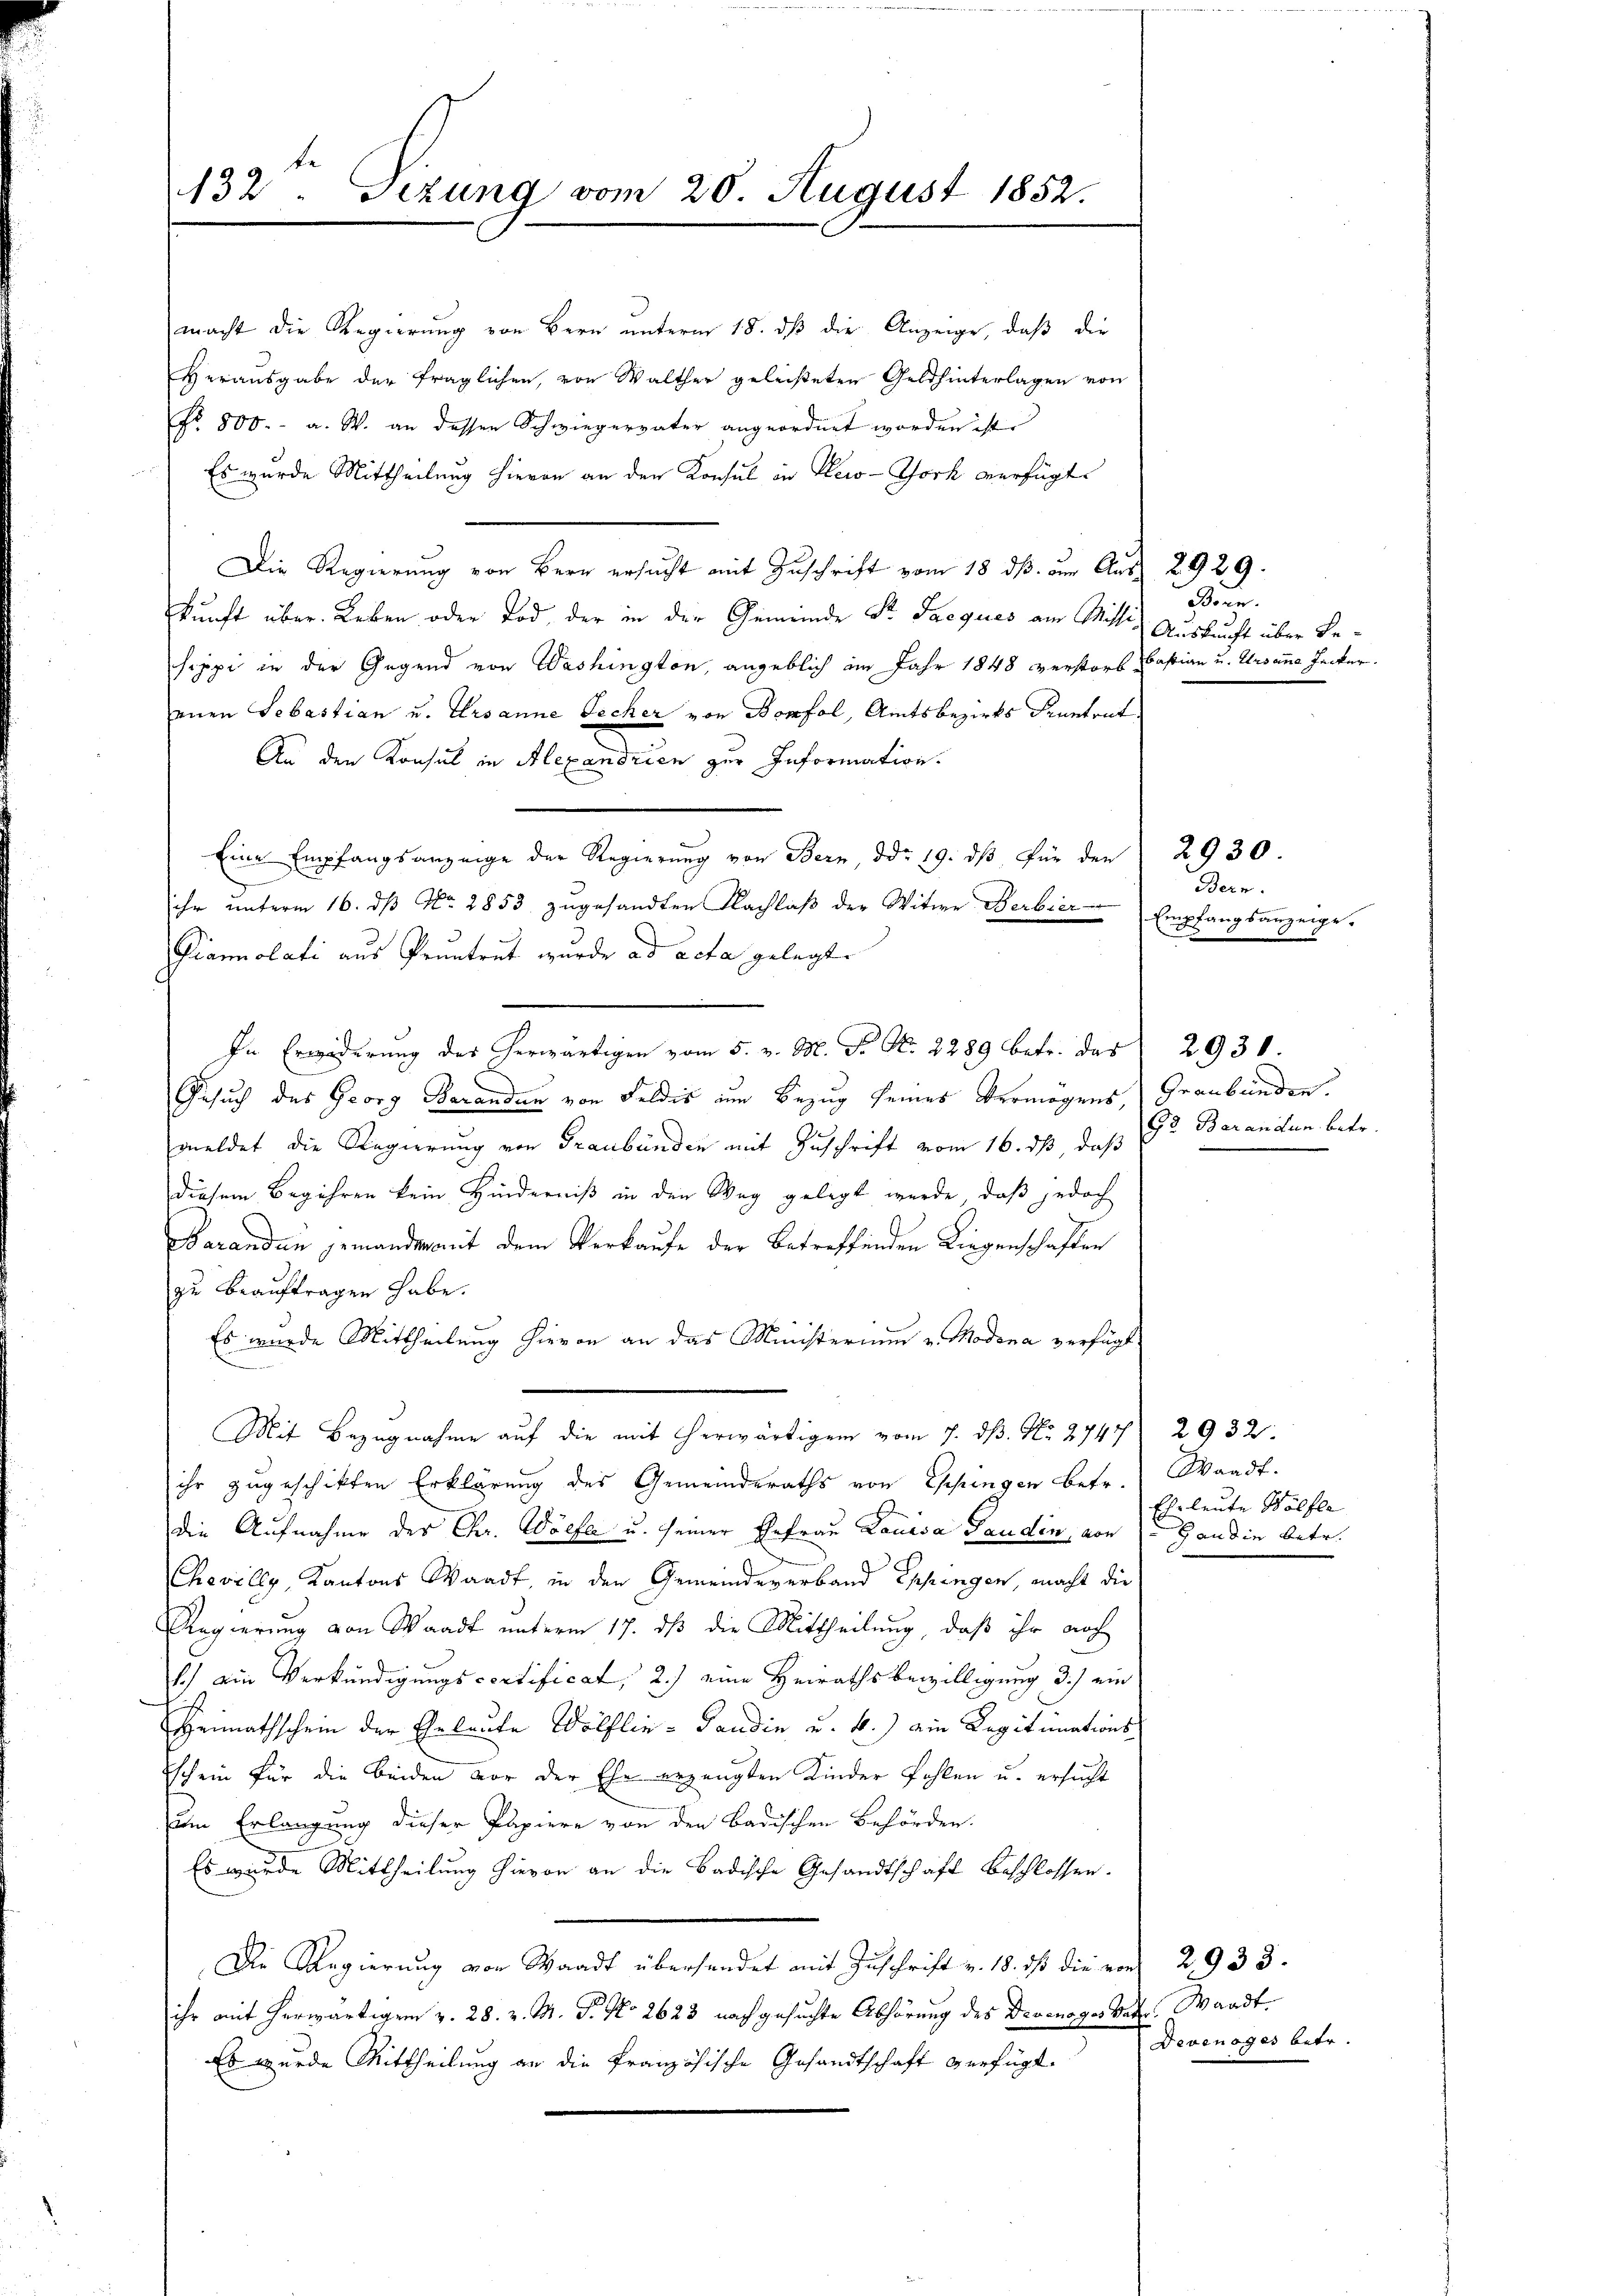
132ten Gezung vom 20. August 1852.

macht die Regierung von Bern unterm 18. dβ die Anzeige, daß die
Herausgabe der fraglichen, von Walther geleisteten Geldhinterlagen von
No. 800.- a. W. an dessen Schwiegervater angeordnet worden ist.
Es wurde Mittheilung hievon an den Konsul in New-York verfügt
Die Regierung von Herr ersucht mit Zuschrift vom 18 dß am Aus 2929.
kunft über. Leben oder Tod, der in der Gemeinde St. Jacques am Mitte
sippi in der Gegend von Washington, angeblich im Jahr 1848 verstorb Castian u. Ursana Jecker
einen Sebastian u. Ursanne Fecher von Bonfol, Amtsbezirks Kenntrut
An den Konsul in Alexandrien zur Information.
Eine Empfangsanzeige der Regierung von Bern, ddo 19. dβ für den 2930.
ihr unterm 16. ds No. 2853 zugesandten Nachlaß der Witwe Werbier Empfangsanzeige.
Pianolati aus Pruntrut wurde ad acta gelegt.
In Erwiderung des herwärtigen vom 5. v. M. P. Nr. 2289 betr. das 2930.
Gesuch des Georg Baranden von Feldis zum Bezug seines Vermögens, Graubünden.
meldet die Regierung von Graubünden mit Zuschrift vom 16. ds, daß
diesem Begehren kein Hinderniß in den Weg gelegt wurde, daß jedoch
aranden jemanden mit dem Verkaufe der betreffenden Liegenschaften
zu beauftragen habe.
Es wurde Mittheilung hievon an das Ministerium v. Modena verfügt
Mit Bezugnahme auf die mit herwärtigung vom 7. ds. No. 2747) 2932.
ihr zugeschikten Erklärung des Gemeinderaths von Eppingen betr. Waadt.
die Aufnahme des Chr. Wölfe u. seiner Ehefrau Lauisa Saudin, von Gaudin betr.
Chevilly, Kantons Waadt, in den Gemeindeverband Eppengen, macht die
Regierung von Waadt unterm 17. dß die Mittheilung, daß ihr auch
1.) ein Verkündigungscortificat, 2.) eine Heirathsbewilligung 3.) ein
Heimathschein der Eheleute Wolflin - Pandin u. k.) ein Legitimations
schein für die beiden vor der Ehe erzeugten Kinder fehlen u. ersucht
um Erlangung dieser Papiere von den Badischen Behörden.
Es wurde Mittheilung hievon an die Badische Gesandtschaft beschlossen.
Die Regierung von Waadt überhandet mit Zuschrift v. 18. ds die von 2933.
ihr mit herwärtigen v. 28. v. M. P. No 2623 nach gesuchte Abhörung des Droinoges Vater. Waadt¬
Es wurde Mittheilung an die französische Gesandtschaft verfügt. Derenages betr.

odern.
Auskunft über Be¬

Bern.

Gr. Barandum betr.

Eheleute Wölfle